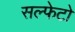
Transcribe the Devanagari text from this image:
सल्फेटो